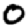
Digit: 0